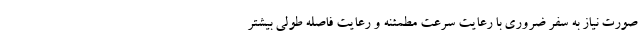
صورت نیاز به سفر ضروری با رعایت سرعت مطمئنه و رعایت فاصله طولی بیشتر